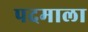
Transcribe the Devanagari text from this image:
पदमाला